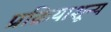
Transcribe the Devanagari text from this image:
प्रक्रियाशून्‍य